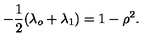
- \frac { 1 } { 2 } ( \lambda _ { o } + \lambda _ { 1 } ) = 1 - \rho ^ { 2 } .